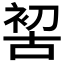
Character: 𠸗